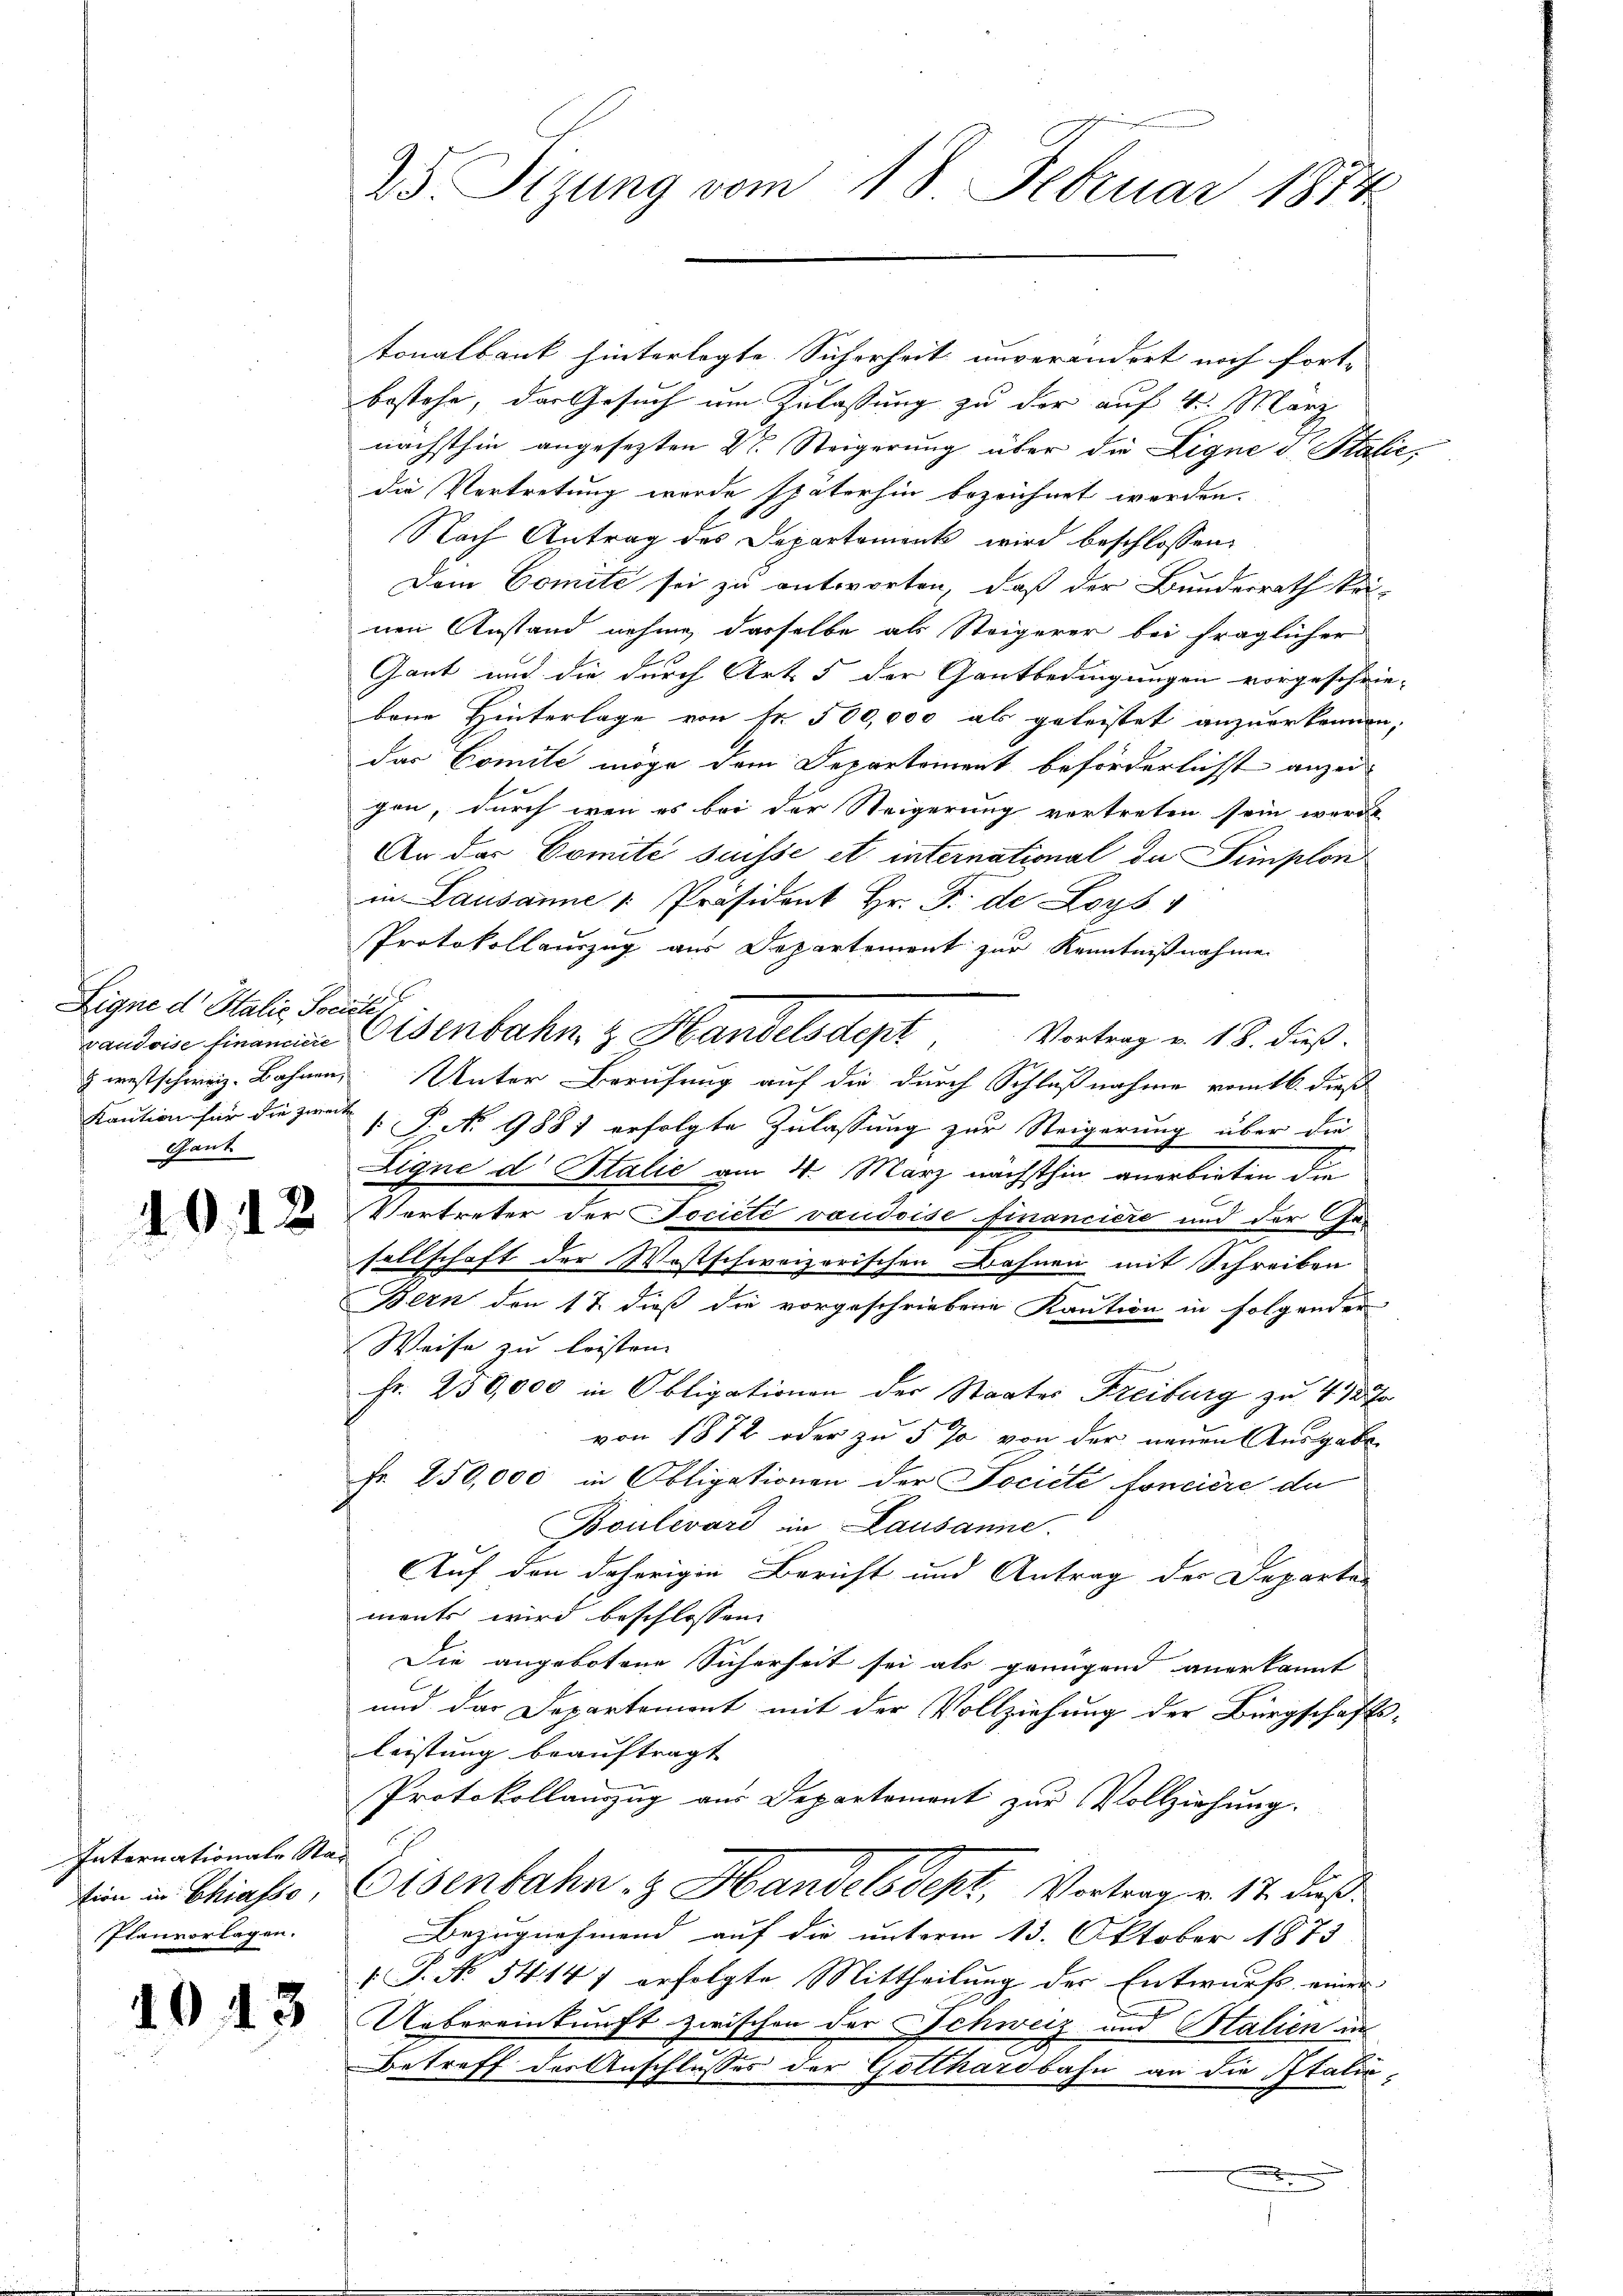
Eigne dr Halic Socuti
Gant

1012

Internationale Sta-
tion in Chiasso,
Planvorlagen.

1043

tonalbank hinterlegte Sicherheit unverändert noch fort-
bestehe, das Gesuch um Zulassung zu der auf 4. März
nächsthin angesezten Dr. Steigerung über die Ligne d. Stalie,
die Vertretung wurde späterhin bezeichnet werden.
Nach Antrag des Departement wird beschlossen:
Dem Comite sei zu antworten, daß der Bundesrath kei-
nen Anstand nehme, dasselbe als Steigerer bei fraglicher
Gant und die durch Art. 5 der Gantbedingungen vorgeschrie-
bene Hinterlage von Nr. 500,000 als geleistet anzuerkennen,
das Comite möge dem Departement beförderlichst anzu
gen, durch wenn es bei der Steigerung vortreten sein werde
An das Comité suisse et international da Simplon
in Lausanne Präsident Hr. F. de Loys
Protokollauszug aus Departement zur Kenntnißnahme
Vortrag v. 18. Fuß.
vaudoise financien Eisenbahn & Handelsdept
 westschweiz. Bahnen, Unter Berufung auf die durch Schlußnahme vom 16. dieß
Kaution für die Zeit 1. P. No 9881 erfolgte Zulassung zur Steigerung über die
Eigne d Stalić am 4. März nächsthin anerbieten die
Vortreter der Pociété vaudoise financiere und der Gesellschaft der Wostschweizerischen Bahnen mit Schreiben
Bern den 17. dieß die vorgeschriebene Kaution in folgenden
Weise zu leisten. |
Fr. 250,000 in Obligationen der Staates Freiburg zu 4 1/2 J
von 1872 oder zu 5 % von der neuen Ausgabe
Fr. 250,000 in Obligationen der Société fonciere de
Boulevard in Lausanne.
Auf den daherigen Bericht und Antrag der Departe
ments wird beschlossen
Die angebotene Sicherheit sei als genügend anerkannt
und das Departemont mit der Vollziehung der Bürgschaftsleistung beauftragt
Protokollauszug aus Departement zur Vollziehung.
Eisenbahn z. Handelsdept, Vortrag v. 17. dieß
Bezugnehmend auf die unterm 13. Oktober 1873
 P. N. 54147 erfolgte Mittheilung der Entwurf einer
Uebereinkunft zwischen der Schweiz und Stalien in
Betreff der Anschlusses der Gotthardbahn an die Italić,

23. Sizung vom 18. Februar 1874